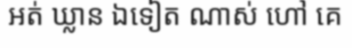
អត់ ឃ្លាន ឯទៀត ណាស់ ហៅ គេ